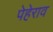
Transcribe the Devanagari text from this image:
पेहेराव